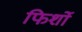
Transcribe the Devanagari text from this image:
फिर्शो